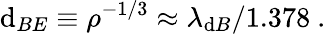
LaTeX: \mathrm{d}_{BE}\equiv\rho^{-1/3}\approx\lambda_{\mathrm{d}B}/1.378\ .